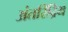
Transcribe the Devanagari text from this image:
अंतरिंद्रिय